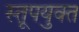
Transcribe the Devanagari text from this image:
स्तूपयुक्त